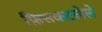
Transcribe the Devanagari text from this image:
फ़िसकटलेले